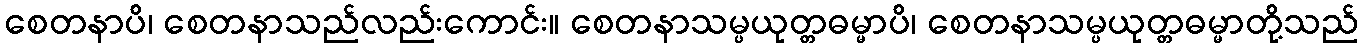
စေတနာပိ၊ စေတနာသည်လည်းကောင်း။ စေတနာသမ္ပယုတ္တဓမ္မာပိ၊ စေတနာသမ္ပယုတ္တဓမ္မာတို့သည်